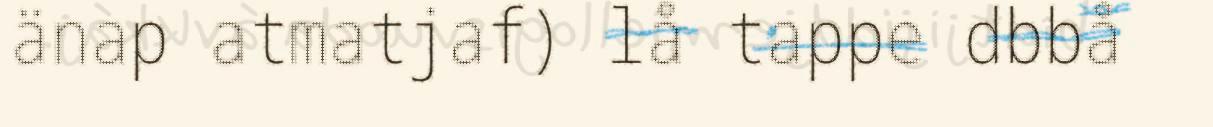
änap atmatjaf) lå tappe dbbå